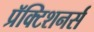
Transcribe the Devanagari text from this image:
प्रॅक्टिशनर्स